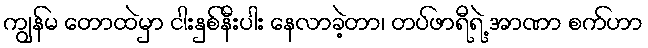
ကျွန်မ တောထဲမှာ ငါးနှစ်နီးပါး နေလာခဲ့တာ၊ တပ်ဖာရီရဲ့ အာဏာ စက်ဟာ